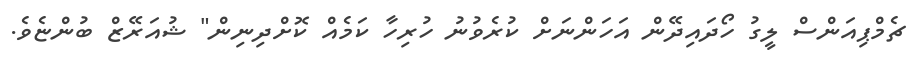
ޗެމްޕިއަންސް ލީގު ހޯދައިދޭން އަހަންނަށް ކުރެވުނު ހުރިހާ ކަމެއް ކޮށްދިނިން" ޝުއަރޭޒް ބުންޏެވެ.